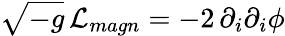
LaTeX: \sqrt{-g}\, {\cal L}_{magn}=-2\, \partial_{i}\partial_{i}\phi